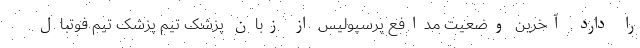
را دارد. آخرین وضعیت مدافع پرسپولیس از زبان پزشک تیم پزشک تیم فوتبال